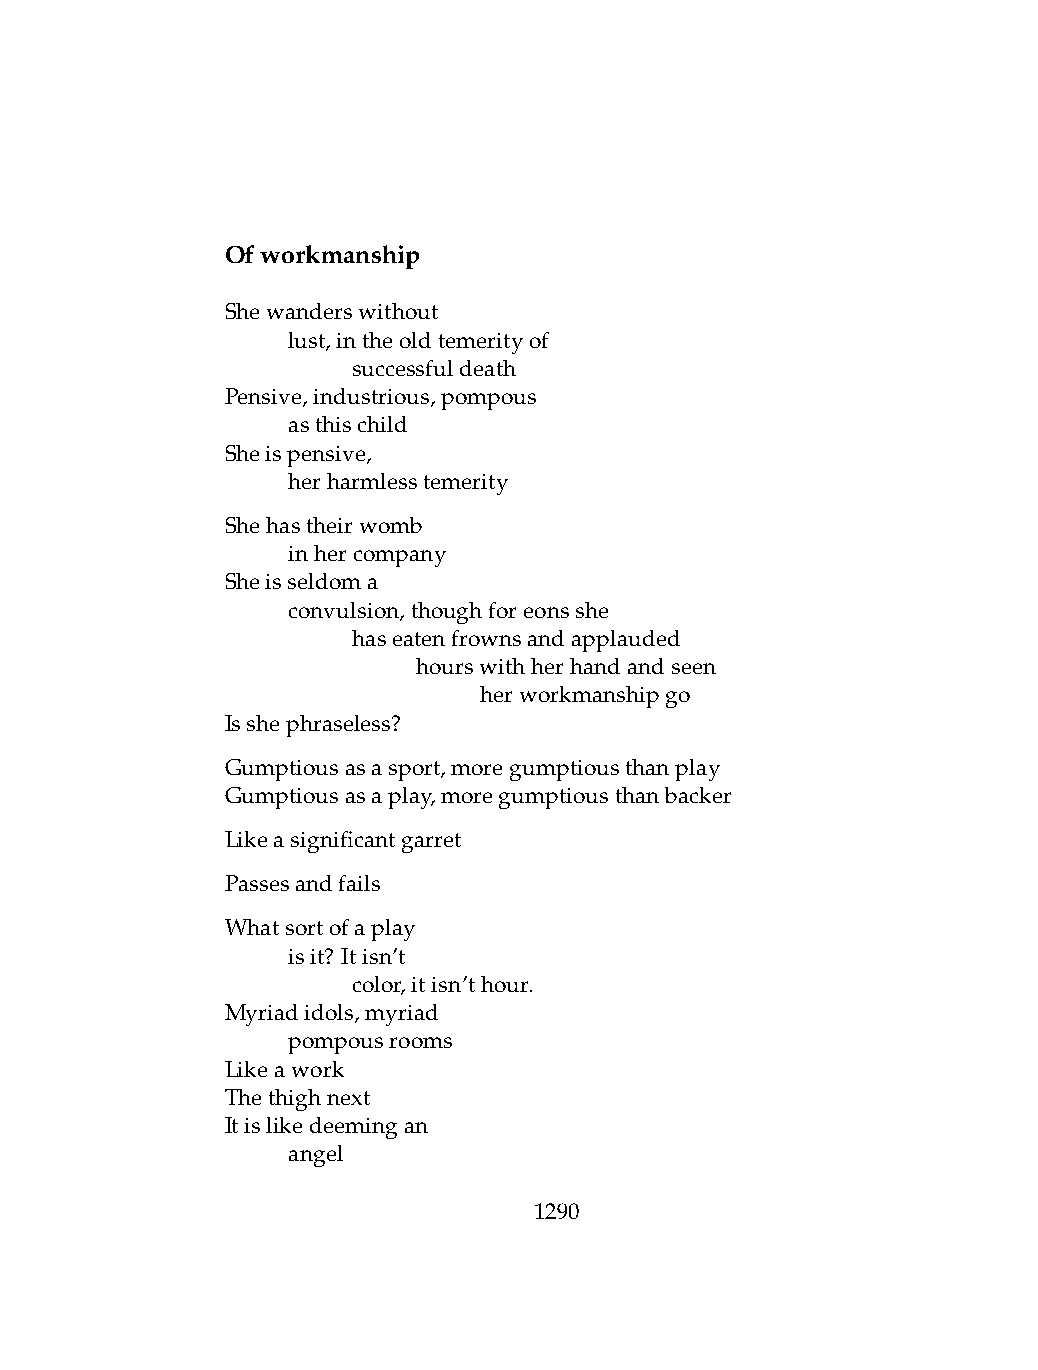
Ofworkmanship
 Shewanderswithout
 .   lust,intheoldtemerityof
 .   .   successfuldeath
 Pensive,industrious,pompous
 .   asthischild
 Sheispensive,
 .   herharmlesstemerity
 Shehastheirwomb
 .   inhercompany
 Sheisseldoma
 .   convulsion,thoughforeonsshe
 .   .   haseatenfrownsandapplauded
 .   .   .    hourswithherhandandseen
 .   .   .    .   herworkmanshipgo
 Isshephraseless?
 Gumptiousasasport,moregumptiousthanplay
 Gumptiousasaplay,moregumptiousthanbacker
 Likeasignificantgarret
 Passesandfails
 Whatsortofaplay
 .   isit? Itisn’t
 .   .   color,itisn’thour.
 Myriadidols,myriad
 .   pompousrooms
 Likeawork
 Thethighnext
 Itislikedeemingan
 .   angel
 1290